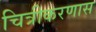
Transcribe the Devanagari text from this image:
चित्रीकरणास